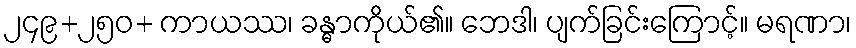
၂၄၉+၂၅၀+ ကာယဿ၊ ခန္ဓာကိုယ်၏။ ဘေဒါ၊ ပျက်ခြင်းကြောင့်။ မရဏာ၊